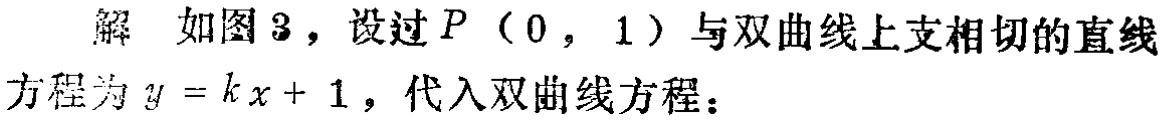
解 如图3，设过\(P(0,1)\)与双曲线上支相切的直线方程为\(y = kx + 1\)，代入双曲线方程：